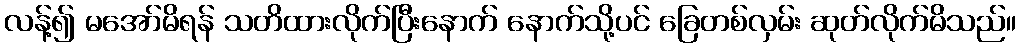
လန့်၍ မအော်မိရန် သတိထားလိုက်ပြီးနောက် နောက်သို့ပင် ခြေတစ်လှမ်း ဆုတ်လိုက်မိသည်။